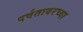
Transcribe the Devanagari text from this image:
पर्वतावरच्या